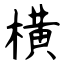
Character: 横